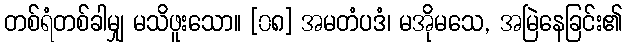
တစ်ရံတစ်ခါမျှ မသိဖူးသော။ [၀၈] အမတံပဒံ၊ မအိုမသေ, အမြဲနေခြင်း၏